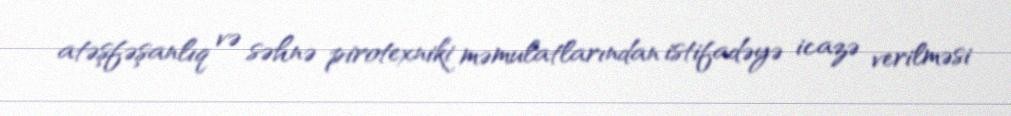
atəşfəşanlıq və səhnə pirotexniki məmulatlarından istifadəyə icazə verilməsi